Document type: Sale
Year: 1354
Scribe: Bernat de Torre
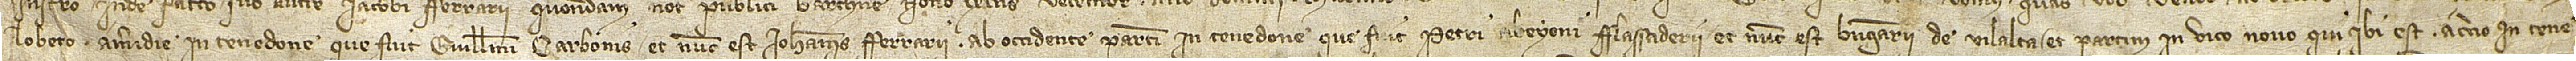
Lobeto; a meridie in tenedone que fuit Guillelmi Carbonis et nunc est Iohannis Ferrarii; ab occidente partim in tenedone que fuit Petri Abeyoni, flassaderii, et nunc est Berengarii de Vilalta, et partim in vico Novo que ibi est; a circio in tene-